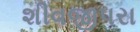
શીવજીપરા